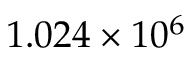
1 . 0 2 4 \times 1 0 ^ { 6 }